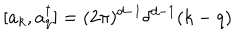
LaTeX: [ a _ { k } , a _ { q } ^ { \dagger } ] = ( 2 \pi ) ^ { d - 1 } \delta ^ { d - 1 } ( k - q )